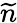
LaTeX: \widetilde{n}